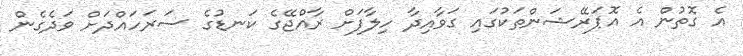
އެ ގޮތުން އެ އޮޕަރޭޝަންތަކުގައި ގަވާއިދާ ހިލާފަށް ރާއްޖޭގެ ކަނޑުގެ ސަރަހައްދަށް ވަދެގެން